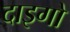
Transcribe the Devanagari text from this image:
दाइगो